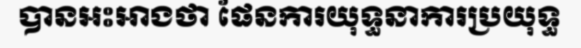
បានអះអាងថា ផែនការយុទ្ធនាការប្រយុទ្ធ